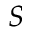
S